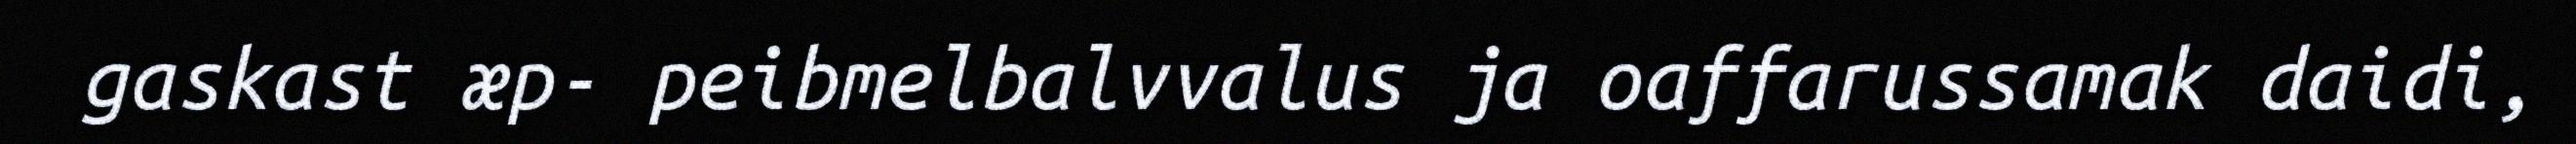
gaskast æp- peibmelbalvvalus ja oaffarussamak daidi,